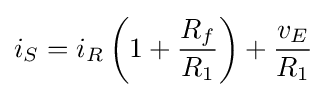
i_{S}=i_{R}\left(1+{\frac {R_{f}}{R_{1}}}\right)+{\frac {v_{E}}{R_{1}}}\